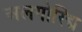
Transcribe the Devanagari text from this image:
अलगोरिद्म